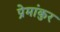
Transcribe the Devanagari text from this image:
प्रेमांकुर